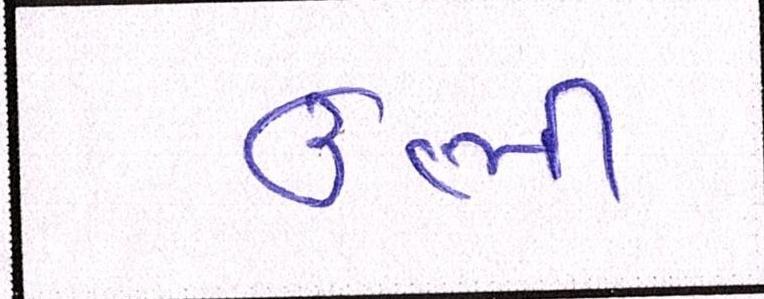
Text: ઊભી